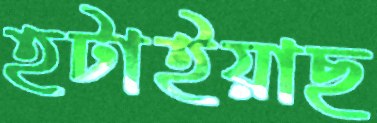
হটাইয়াছ